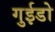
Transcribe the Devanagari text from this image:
गुईडो